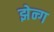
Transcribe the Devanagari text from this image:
झेन्ग